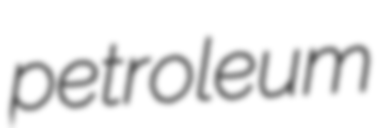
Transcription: petroleum